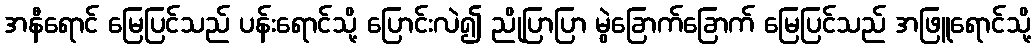
အနီရောင် မြေပြင်သည် ပန်းရောင်သို့ ပြောင်းလဲ၍ ညိုပြာပြာ မွဲခြောက်ခြောက် မြေပြင်သည် အဖြူရောင်သို့